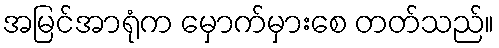
အမြင်အာရုံက မှောက်မှားစေ တတ်သည်။